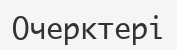
Очерктері